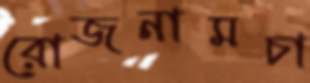
রোজনামচা